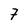
Character: 7